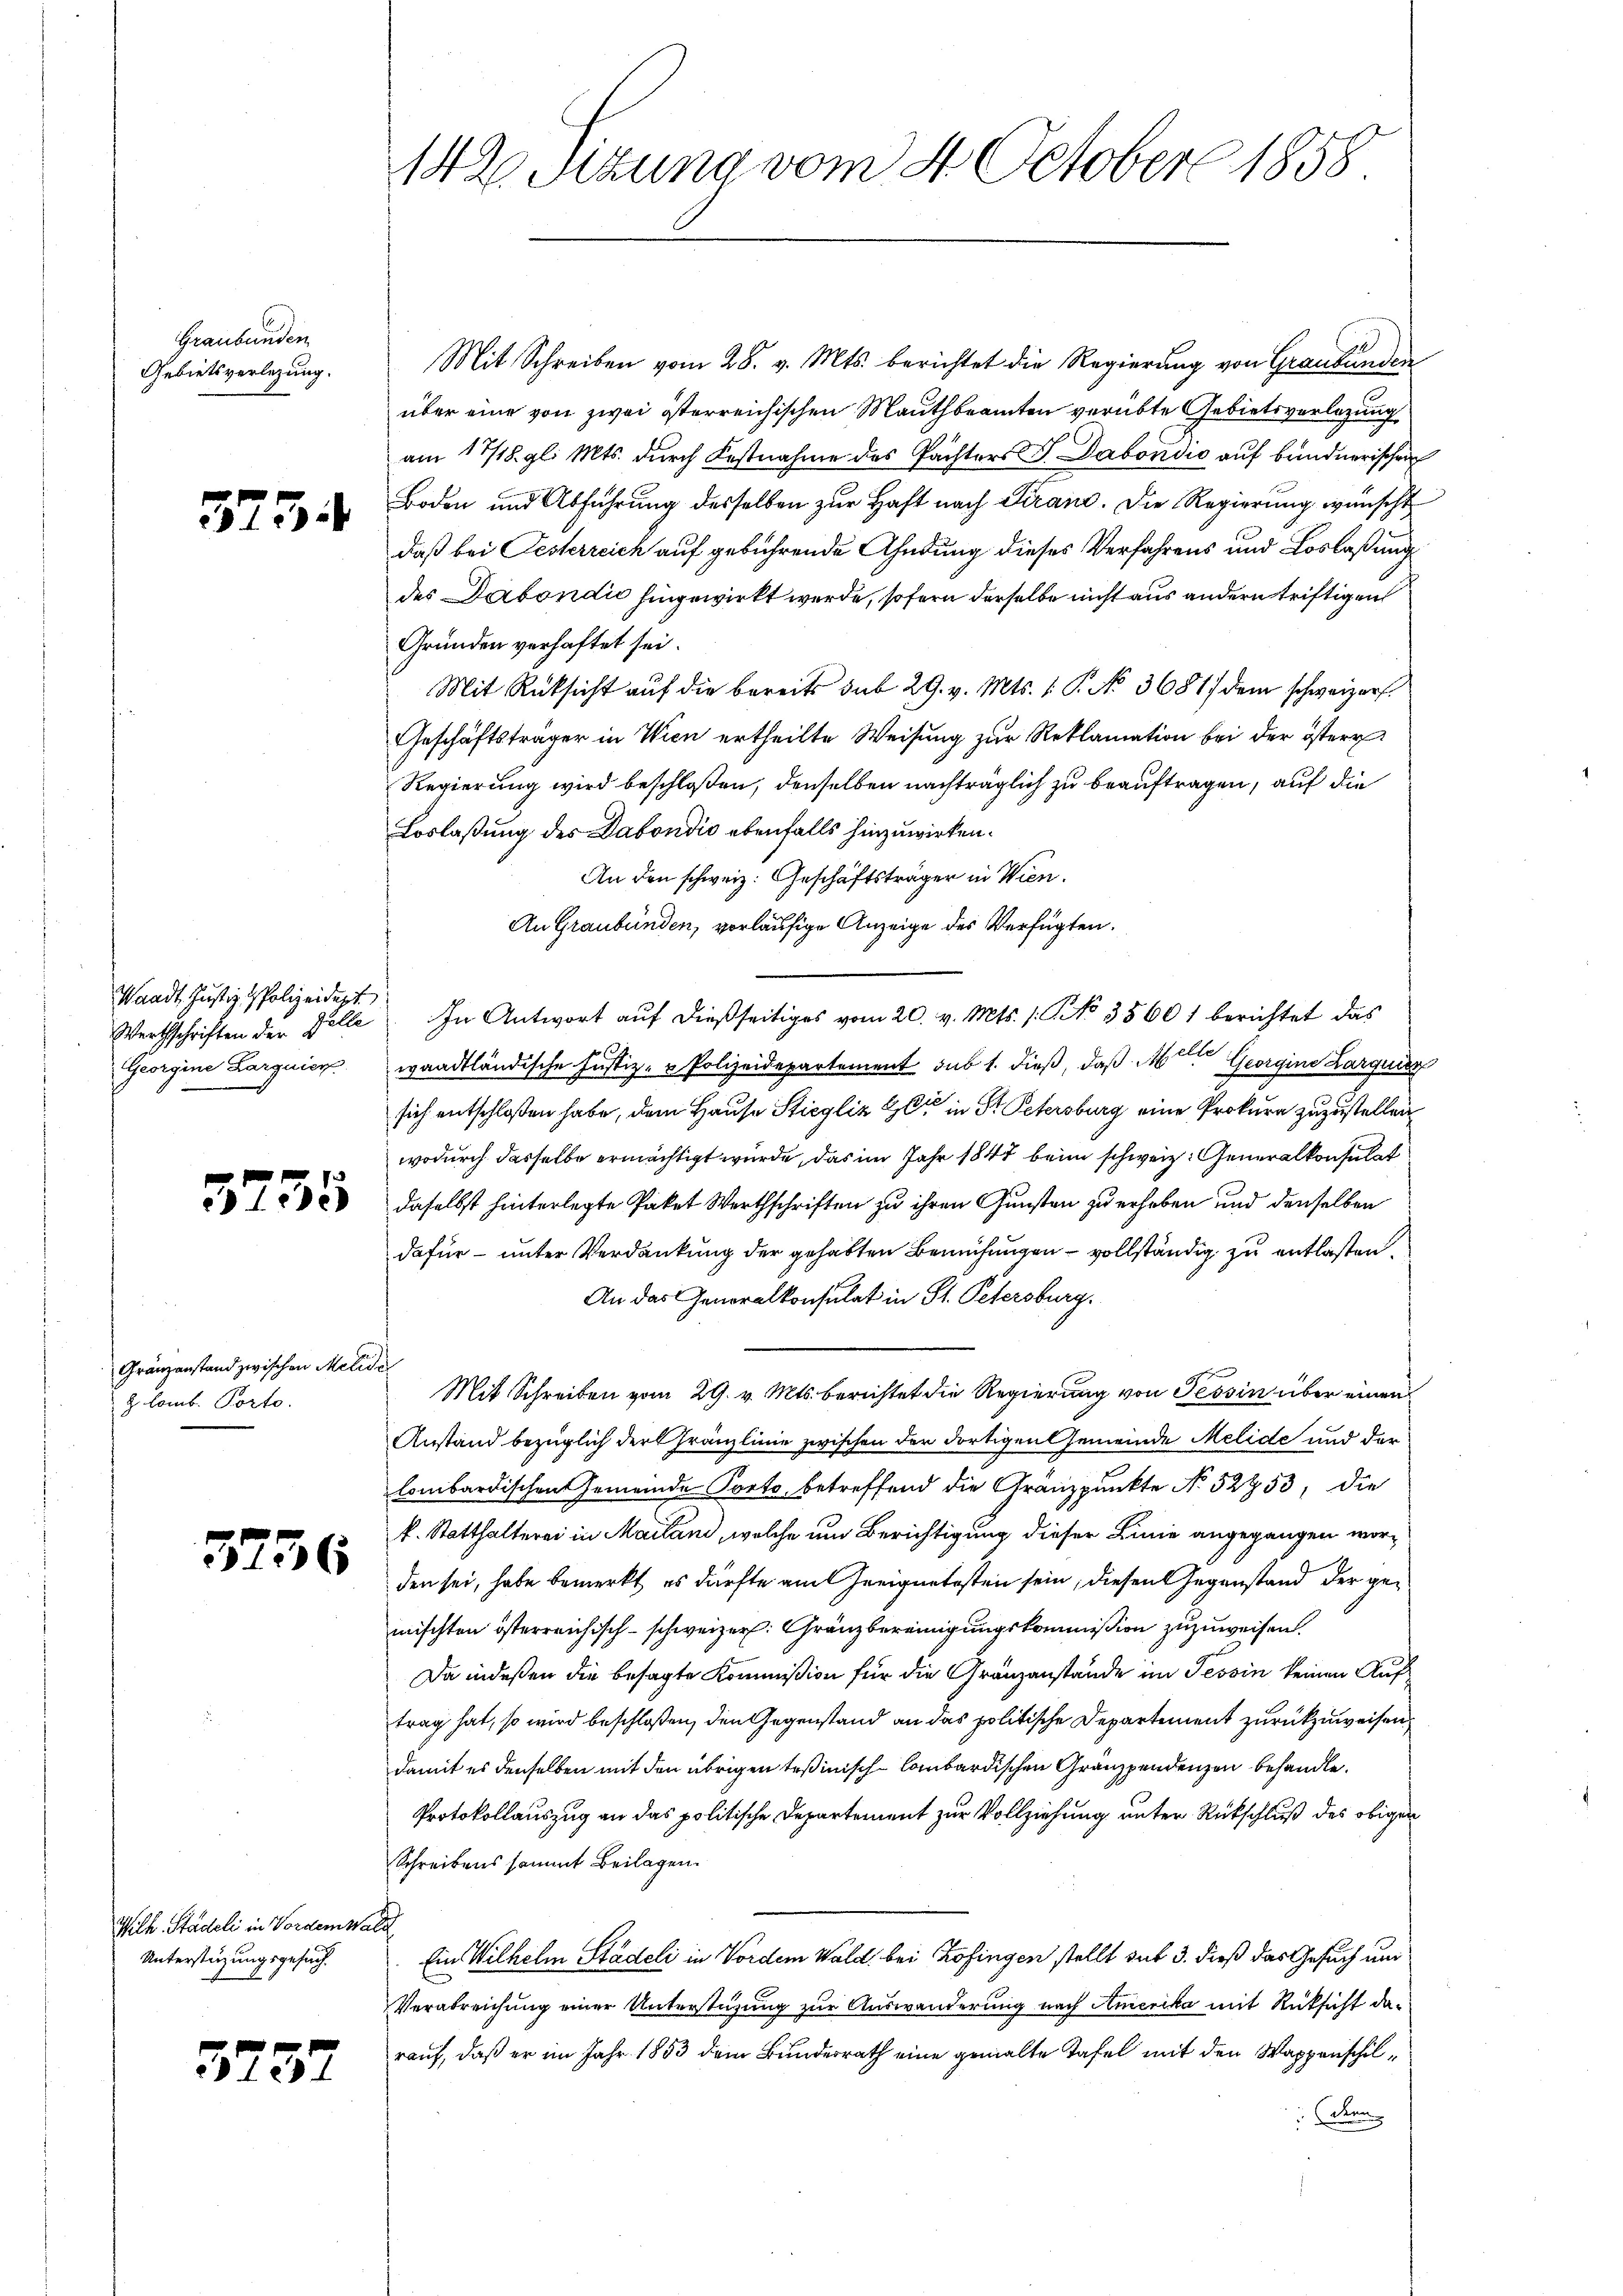
Graubünden
Gebietsverlegung.

5754

Waadt, Justiz & Polizeidigt
Georgine Larguier

3735

Gränzanstand zwischen Melide
z. Comb. Porto.

5756

Wilh. Stadeli in Vordemwald
Unterstüzungsgesuch.

3737

Mit Schreiben vom 28. v. Mts. berichtet die Regierung von Graubünden
über eine von zwei österreichischen Mauthbeamten verübte Gebietsverlegung
am 17/18. gl. Mts. durch Festnahme des Pachters J. Dabondić auf bandnerischen
Boden und Abführung desselben zur Haft nach Veran. Die Regierung wünscht
daß bei Festerreich auf gebührende Ahndung dieses Verfahrens und Loslaßung
des Dabondić hingewirkt werde, sofern derselbe nicht aus andern triftigen
Gründen verhaftet sei.
Mit Rüksicht auf die bereits sub 29. v. Mts. 1. P. No. 3681) dem schweizer
Geschäftsträger in Wien ertheilte Weisung zur Reklamation bei der österr
Regierung wird beschloßen, denselben nachträglich zu beauftragen, auf die
Loslaßung des Dabondio ebenfalls hinzuwirken.
An den schweiz. Geschäftsträger in Wien.
An Graubünden, vorläufige Anzeige des Verfügten.
Werthschriften der Zelle. In Antwort aŭf dießseitiges vom 20. v. Mts. 1. No 35601 berichtet das

lte
waadtländische Justiz- & Polizeidepartement sub 1. dieß, daß Arten Georgine Larquier
sich entschloßen habe, dem Hause Stiegliz er in St. Petersburg eine Prokura zuzustellen
wodurch dasselbe ermächtigt wurde, das im Jahr 1844 beim schweiz. Generalkonsulat
daselbst hinterlegte Paket Werthschriften zu ihren Gunsten zu erheben und denselben
dafür – unter Verdankung der gehabten Bemühungen vollständig zu entlasten.
An das Generalkonsulat in St. Petersburg.
Mit Schreiben vom 29. v. Mts. berichtet die Regierung von Tessin über einen
Anstand bezüglich der Gränzlinie zwischen der dortigen Gemeinde Melide und der
lombardischen Gemeinde Porto, betreffend die Gränzpunkte No 52953, die
k. Statthalterei in Mailand, welche um Berichtigung dieser Linie angegangen worden sei, habe bemerkt, es dürfte am Geeignetesten sein, diesen Gegenstand der gemischten österreichisch-schweizer. Gränzbereinigungskommißion zuzuweisen.
Da indeßen die besagte Kommission für die Gränzanstände im Tessin keinen Auftrag hat, so wird beschloßen, den Gegenstand an das politische Departement zurückzuweisen
damit es denselben mit den übrigen Teßinisch-lombardischen Gränzpendenzen behandle.
Protokollauszug an das politische Departement zur Vollziehung unter Rückschluß des obigen
Schreibens sammt Beilagen.
Ein Wilhelm Städeli in Vordem Wald, bei Zofingen stellt auf 3. dieß das Gesuch und
Verabreichung einer Unterstüzung zur Auswanderung nach Amerika mit Rücksicht das
rauf, daß er im Jahr 1853 dem Bundesrath eine gemalte Tafel mit den Wappenschildern

142 Sizung vom 4. October 1858